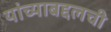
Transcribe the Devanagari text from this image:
यांच्याबद्दलची